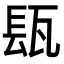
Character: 瓺